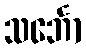
သင်္ဘော